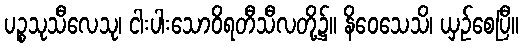
ပဉ္စသုသီလေသု၊ ငါးပါးသောဝိရတီသီလတို့၌။ နိဝေသေသိ၊ ယှဉ်စေပြီ။